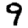
Digit: 9